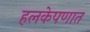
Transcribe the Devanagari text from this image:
हलकेपणात